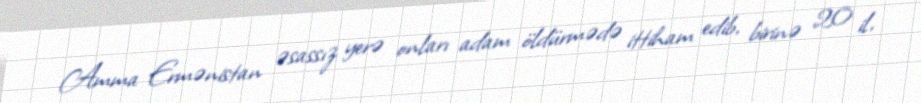
Amma Ermənistan əsassız yerə onları adam öldürmədə ittiham edib, birinə 20 il,